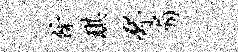
余琪邳扇